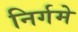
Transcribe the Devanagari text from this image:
निर्गमे